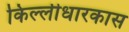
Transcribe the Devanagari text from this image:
किल्लीधारकास